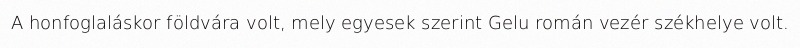
A honfoglaláskor földvára volt, mely egyesek szerint Gelu román vezér székhelye volt.